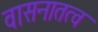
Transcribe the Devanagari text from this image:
वासनातत्व